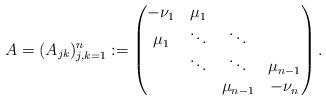
LaTeX: \begin{align*} A= (A_{jk})_{j,k=1}^n := \left( \begin{matrix} -\nu_1 & \mu_1 & & \\ \mu_1 & \ddots & \ddots & \\ & \ddots & \ddots & \mu_{n-1} \\ & & \mu_{n-1} & -\nu_n \end{matrix} \right).\end{align*}